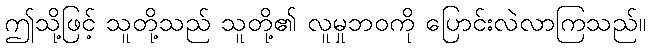
ဤသို့ဖြင့် သူတို့သည် သူတို့၏ လူမှုဘဝကို ပြောင်းလဲလာကြသည်။